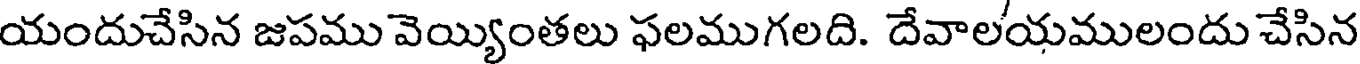
యందుచేసిన జపము వెయ్యింతలు ఫలముగలది. దేవాలయములందు చేసిన